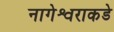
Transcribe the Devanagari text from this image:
नागेश्वराकडे